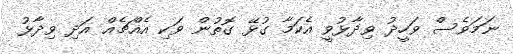
ނަމަވެސް ވަހީދު ވިދާޅުވީ އެކަމާ ގުޅޭ ގޮތުން ވަކި އެއްޗެއް އަދި ވިދާޅު